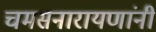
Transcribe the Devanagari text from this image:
चमसनारायणांनी